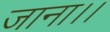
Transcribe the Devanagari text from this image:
जाना।।